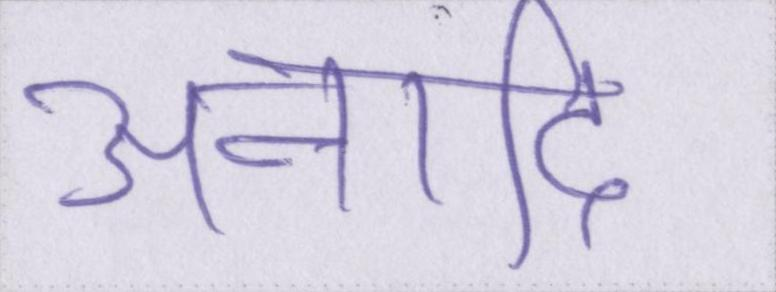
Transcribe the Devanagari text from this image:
अनादि